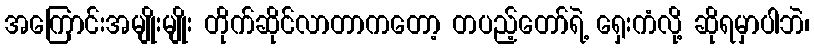
အကြောင်းအမျိုးမျိုး တိုက်ဆိုင်လာတာကတော့ တပည့်တော်ရဲ့ ရှေးကံလို့ ဆိုရမှာပါဘဲ၊